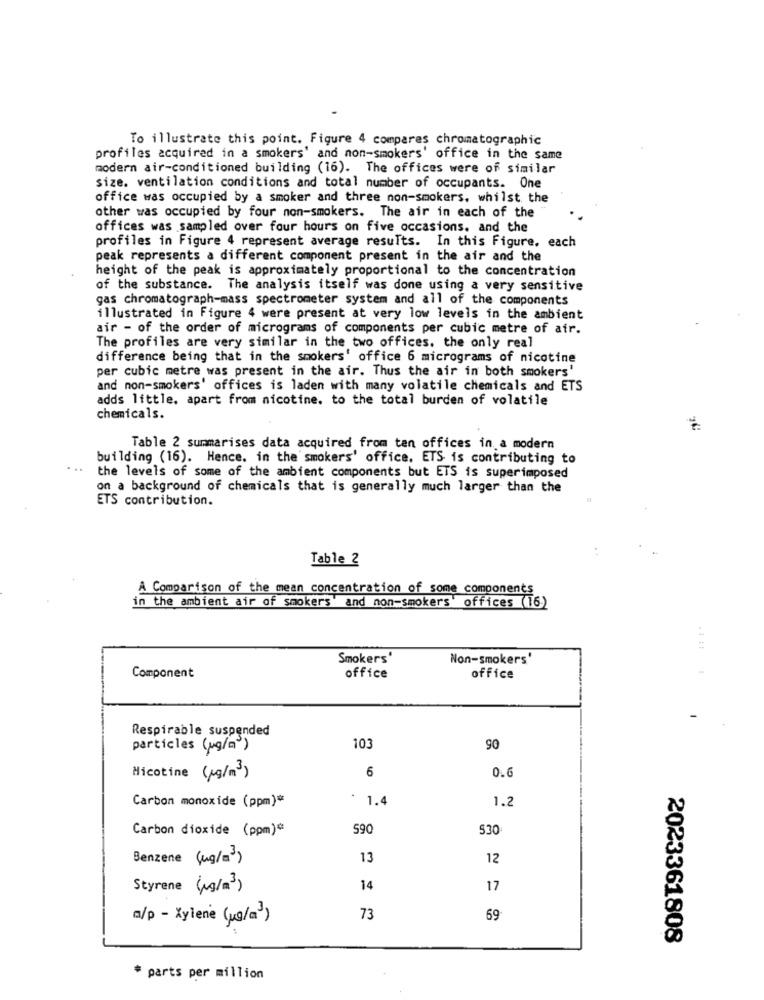
To illustrate this point. Figure 4 compares chromatographic
profiles acquired in a smokers' and non-smokers' office in the same
modern air-conditioned building (16). The offices were of similar
size. ventilation conditions and total number of occupants. One
office was occupied by a smoker and three non-smokers, whilst the
other was occupied by four non-smokers. The air in each of the
offices was sampled over four hours on five occasions. and the
profiles in Figure 4 represent average results. In this Figure, each
peak represents a different component present in the air and the
height of the peak is approximately proportional to the concentration
of the substance. The analysis itself was done using a very sensitive
gas chromatograph-mass spectrometer system and all of the components
illustrated in Figure 4 were present at very low levels in the ambient
air - of the order of micrograms of components per cubic metre of afr.
The profiles are very similar in the two offices. the only real
difference being that in the smokers' office 6 micrograms of nicotine
per cubic metre was present in the air. Thus the air in both smokers'
and non-smokers' offices is laden with many volatile chemicals and ETS
adds little. apart from nicotine. to the total burden of volatile
chemicals.
Table 2 summarises data acquired from ten offices in. a modern
building (16). Hence. in the smokers' office, ETS is contributing to
...
the levels of some of the ambient components but ETS is superimposed
on a background of chemicals that is generally much larger than the
ETS contribution.
. .
Table 2
A Comparison of the mean concentration of some components
in the ambient air of smokers' and non-smokers' offices (16)
. 1 11
Smokers'
Non-smokers'
Component
office
office
-
Respirable suspended
particles (ug/a)
103
90
6
Nicotine (kg/m3)
0.6
Carbon monoxide (ppm)*
* 1.4
1.2
Carbon dioxide (ppm)*
590
530
Benzene (mg/m3)
13
12
Styrene (kg/m3)
14
17
a/p - Xylene (ug/a)
73
69
2023361808
* parts per million